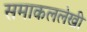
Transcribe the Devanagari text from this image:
समाकललेखी